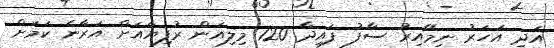
އަދި އަހަރު ނިމޭއިރު ސާފު ފައިދާ 120 މިލިއަން ރުފިޔާއަށް އަރާނެ ކަމަށް